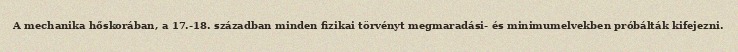
A mechanika hőskorában, a 17.-18. században minden fizikai törvényt megmaradási- és minimumelvekben próbálták kifejezni.